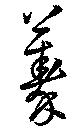
蓁